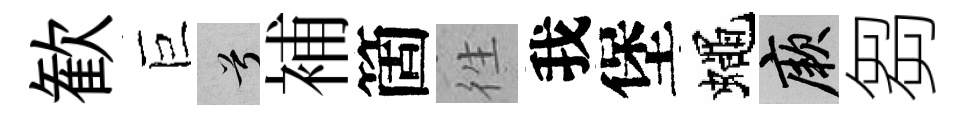
歓巨兮補箇徃我堡蠅厥芻